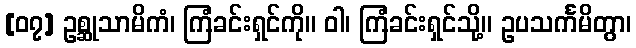
[၀၇] ဥစ္ဆုသာမိကံ၊ ကြံခင်းရှင်ကို။ ဝါ၊ ကြံခင်းရှင်သို့။ ဥပသင်္ကမိတွာ၊